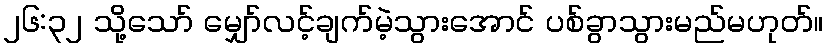
၂၆:၃၂ သို့သော် မျှော်လင့်ချက်မဲ့သွားအောင် ပစ်ခွာသွားမည်မဟုတ်။